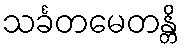
သင်္ခတမေတန္တိ